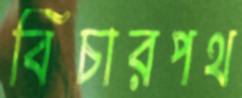
বিচারপথ